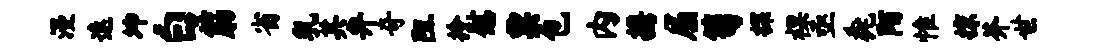
漫速坤白筋省乳其弁奇阻拎慰粟包内携屈笥探裸亟毳陌惟掠芥世